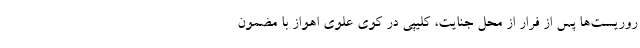
روریست‌ها پس از فرار از محل جنایت، کلیپی در کوی علوی اهواز با مضمون